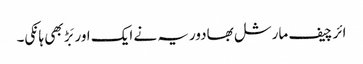
ائر چیف مارشل بھادوریہ نے ایک اور بَڑ بھی ہانکی۔